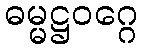
ဓမ္မဋ္ဌဝဂ္ဂေ